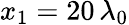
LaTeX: x_{1}=20\, \lambda_{0}